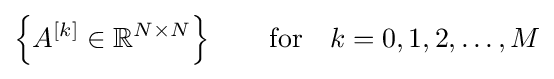
\left\{A^{[k]}\in \mathbb {R} ^{N\times N}\right\}\qquad {\text{for}}\quad k=0,1,2,\ldots ,M